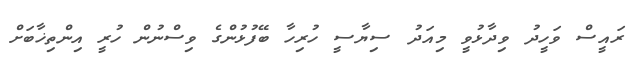
ރައީސް ވަހީދު ވިދާޅުވީ މިއަދު ސިޔާސީ ހުރިހާ ބޭފުޅުންގެ ވިސްނުން ހުރީ އިންތިޚާބަށް